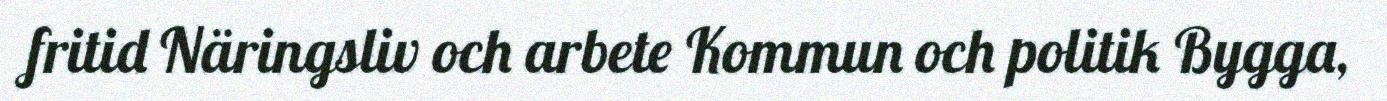
fritid Näringsliv och arbete Kommun och politik Bygga,